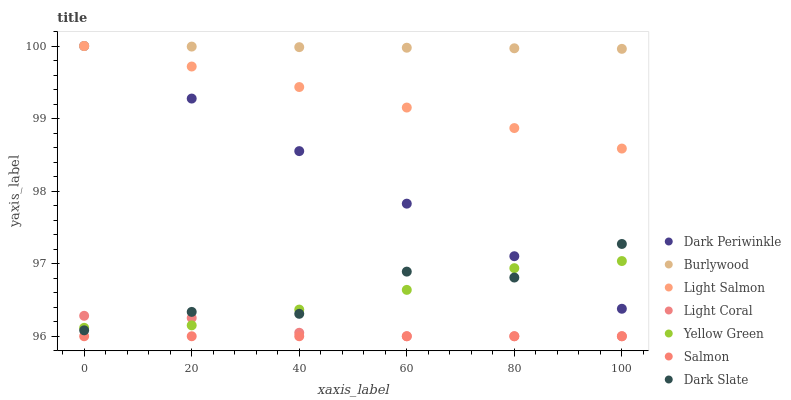
| xaxis_label | Dark Periwinkle | Burlywood | Light Salmon | Light Coral | Yellow Green | Salmon | Dark Slate |
 | --- | --- | --- | --- | --- | --- | --- | --- |
 | 0 | 100 | 100 | 100 | 96.3 | 96.1 | 96 | 96.1 |
 | 20 | 99.3 | 100 | 99.7 | 96.3 | 96.2 | 96 | 96.3 |
 | 40 | 98.6 | 100 | 99.4 | 96 | 96.4 | 96 | 96.3 |
 | 60 | 97.8 | 100 | 99.2 | 96 | 96.6 | 96 | 96.9 |
 | 80 | 97.1 | 100 | 98.9 | 96 | 96.9 | 96 | 96.8 |
 | 100 | 96.4 | 100 | 98.6 | 96 | 97 | 96 | 97.3 |